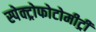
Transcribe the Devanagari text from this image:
स्पेक्ट्रोफोटोमीट्री